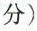
分)